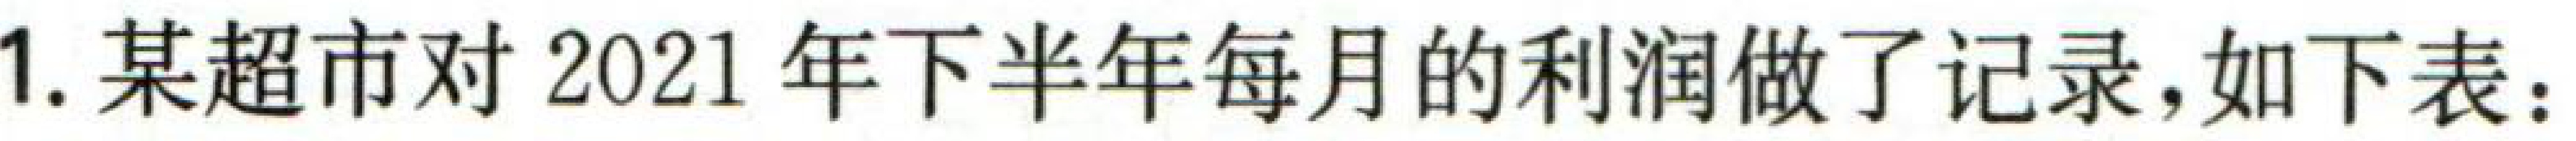
1. 某超市对2021年下半年每月的利润做了记录，如下表：